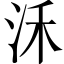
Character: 𣲲